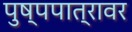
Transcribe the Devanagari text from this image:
पुष्पपात्रावर